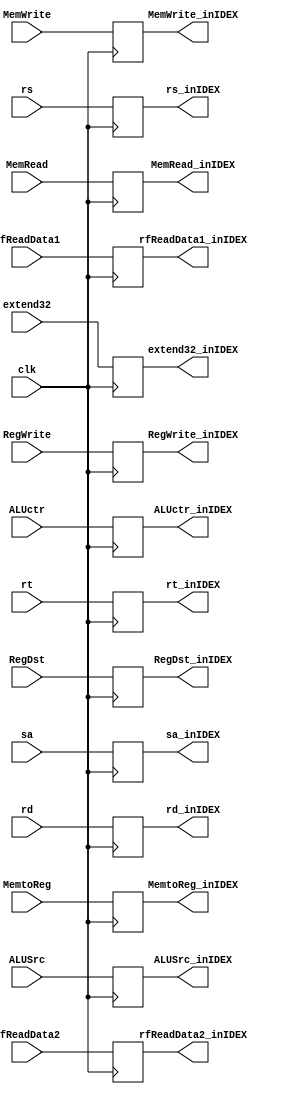
`timescale 1ns / 1ps
//////////////////////////////////////////////////////////////////////////////////
// Company: 
// Engineer: 
// 
// Design Name: 
// Module Name: IDEX
// Project Name: 
// Target Devices: 
// Tool Versions: 
// Description: 
// 
// Dependencies: 
// 
// Revision:
// Revision 0.01 - File Created
// Additional Comments:
// 
//////////////////////////////////////////////////////////////////////////////////


module IDEX(clk,RegDst,ALUSrc,ALUctr,MemtoReg,RegWrite,MemWrite,MemRead,
            rfReadData1,rfReadData2,extend32,rs,rt,rd,sa,
            rfReadData1_inIDEX,rfReadData2_inIDEX,extend32_inIDEX,rs_inIDEX,rt_inIDEX,rd_inIDEX,sa_inIDEX,
            RegDst_inIDEX,ALUSrc_inIDEX,ALUctr_inIDEX,MemtoReg_inIDEX,RegWrite_inIDEX,MemWrite_inIDEX,MemRead_inIDEX
           );
    input clk;
    
    input RegDst;      
    input ALUSrc;      
    input [4:0] ALUctr; 
    input MemtoReg;    
    input RegWrite;      
    input [1:0] MemWrite; 
    input [2:0] MemRead;
    
    input [31:0] rfReadData1;
    input [31:0] rfReadData2;
    input [31:0] extend32;
    input [4:0] rs;
    input [4:0] rt;
    input [4:0] rd;
    input [4:0] sa;

    output reg [31:0] rfReadData1_inIDEX;
    output reg [31:0] rfReadData2_inIDEX;
    output reg [31:0] extend32_inIDEX;
    output reg [4:0]  rs_inIDEX;
    output reg [4:0]  rt_inIDEX;
    output reg [4:0]  rd_inIDEX;
    output reg [4:0]  sa_inIDEX;

    output reg RegDst_inIDEX;
    output reg ALUSrc_inIDEX;
    output reg [4:0] ALUctr_inIDEX;
    output reg MemtoReg_inIDEX;
    output reg RegWrite_inIDEX;
    output reg [1:0] MemWrite_inIDEX; 
    output reg [2:0] MemRead_inIDEX;

    always @(posedge clk) begin
        rfReadData1_inIDEX = rfReadData1; 
        rfReadData2_inIDEX = rfReadData2; 
        extend32_inIDEX = extend32; 
        rs_inIDEX = rs;
        rt_inIDEX = rt; 
        rd_inIDEX = rd; 
        sa_inIDEX = sa; 
        RegDst_inIDEX = RegDst; 
        ALUSrc_inIDEX = ALUSrc; 
        ALUctr_inIDEX = ALUctr; 
        MemtoReg_inIDEX = MemtoReg; 
        RegWrite_inIDEX = RegWrite; 
        MemWrite_inIDEX = MemWrite; 
        MemRead_inIDEX = MemRead; 
    end
endmodule